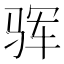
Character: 𩧰